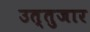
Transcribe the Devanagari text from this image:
उत्तुजार